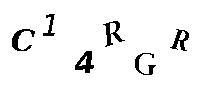
C14RGR